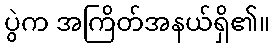
ပွဲက အကြိတ်အနယ်ရှိ၏။